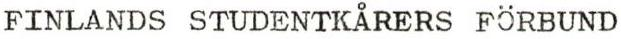
FINLANDS STUDENTKÅRERS FÖRBUND